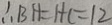
\therefore B H = H C = 1 2